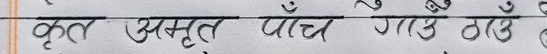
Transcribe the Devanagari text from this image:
कृत अमृत पांच गाउँ ठठ